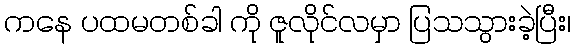
ကနေ ပထမတစ်ခါ ကို ဇူလိုင်လမှာ ပြသသွားခဲ့ပြီး၊